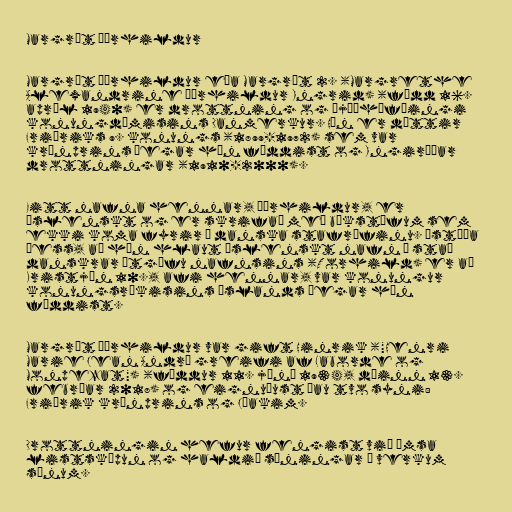
Margrét Þórhildur

Margrét Þórhildur eða Margrét 2. (Margrethe
Alexandrine Þórhildur Ingrid) (fædd 16.
apríl 1940) er drottning og þjóðhöfðingi
konungdæmisins Danmerkur. Hún er dóttir
Friðriks 9. konungs (1899-1972) sem var
krónprins þegar hún fæddist og Ingiríðar
drottningar (1910-2000).

Eitt nafna hennar, Þórhildur, er
íslenskt og er skrifað með bókstöfum sem
ekki koma fyrir í danska stafrófinu. Ástæða
þess, að hún hlaut íslenskt nafn í stað
danskrar útgáfu nafnsins (Torhild) er að
Kristján 10., afi hennar, var konungur
konungsríkisins Íslands þegar hún
fæddist.

Margrét Þórhildur var gift Hinrik ("Henri
Marie Jean André greifi af Laborde og
Monpezat") (fæddur 11. júní 1934, dáinn 13.
febrúar 2018) og eignuðust þau tvo syni:
Friðrik krónprins og Jóakim.

Drottningin hefur fengist við ýmsa
listsköpun og haldið sýningar á verkum
sínum.